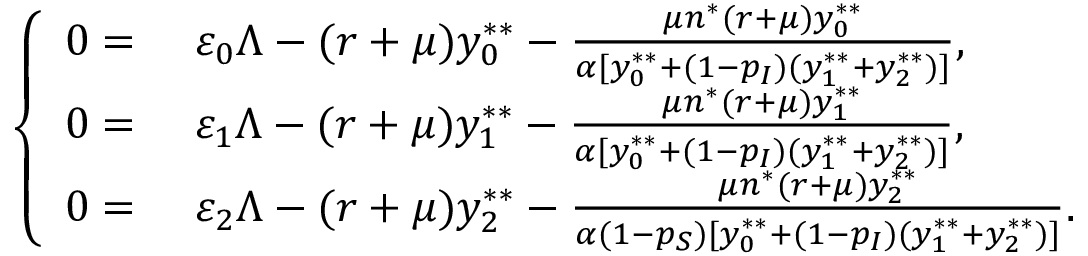
\left\{ \begin{array} { r l } { 0 = } & { { } ~ \varepsilon _ { 0 } \Lambda - ( r + \mu ) y _ { 0 } ^ { * * } - \frac { \mu n ^ { * } ( r + \mu ) y _ { 0 } ^ { * * } } { \alpha [ y _ { 0 } ^ { * * } + ( 1 - p _ { I } ) ( y _ { 1 } ^ { * * } + y _ { 2 } ^ { * * } ) ] } , } \\ { 0 = } & { { } ~ \varepsilon _ { 1 } \Lambda - ( r + \mu ) y _ { 1 } ^ { * * } - \frac { \mu n ^ { * } ( r + \mu ) y _ { 1 } ^ { * * } } { \alpha [ y _ { 0 } ^ { * * } + ( 1 - p _ { I } ) ( y _ { 1 } ^ { * * } + y _ { 2 } ^ { * * } ) ] } , } \\ { 0 = } & { { } ~ \varepsilon _ { 2 } \Lambda - ( r + \mu ) y _ { 2 } ^ { * * } - \frac { \mu n ^ { * } ( r + \mu ) y _ { 2 } ^ { * * } } { \alpha ( 1 - p _ { S } ) [ y _ { 0 } ^ { * * } + ( 1 - p _ { I } ) ( y _ { 1 } ^ { * * } + y _ { 2 } ^ { * * } ) ] } . } \end{array} \right.